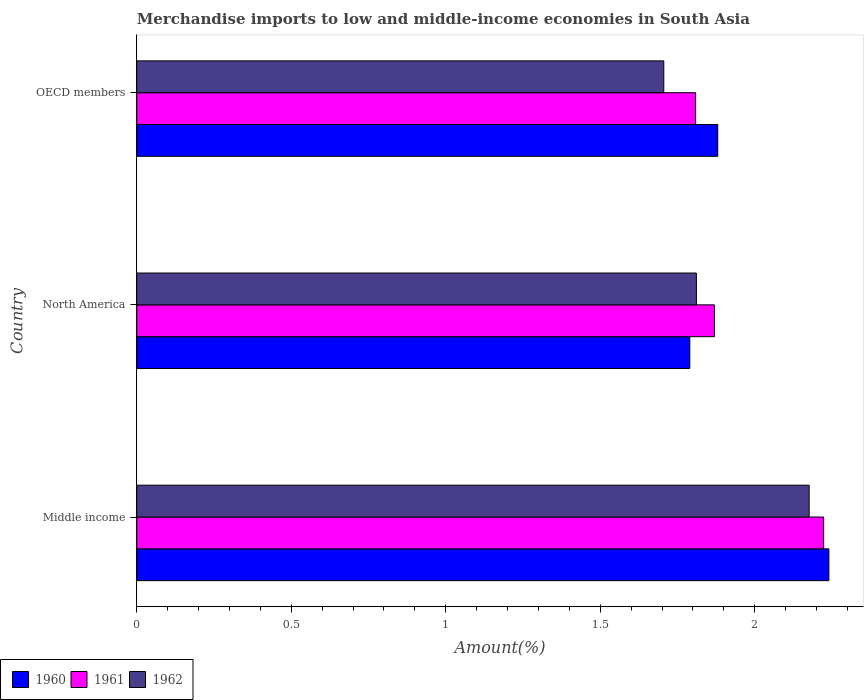
| Country | 1960 | 1961 | 1962 |
 | --- | --- | --- | --- |
 | Middle income | 2.24 | 2.22 | 2.18 |
 | North America | 1.79 | 1.87 | 1.81 |
 | OECD members | 1.88 | 1.81 | 1.71 |